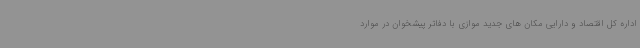
اداره کل اقتصاد و دارایی مکان های جدید موازی با دفاتر پیشخوان در موارد